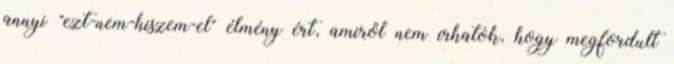
annyi "ezt-nem-hiszem-el" élmény ért, amiről nem írhatok, hogy megfordult